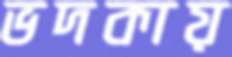
ভদকায়